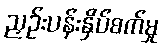
ညှဉ်းပန်းနှိပ်စက်မှု